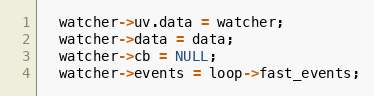
Language: C
  watcher->uv.data = watcher;
  watcher->data = data;
  watcher->cb = NULL;
  watcher->events = loop->fast_events;